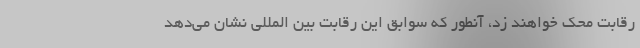
رقابت محک خواهند زد، آنطور که سوابق این رقابت بین المللی نشان می‌دهد